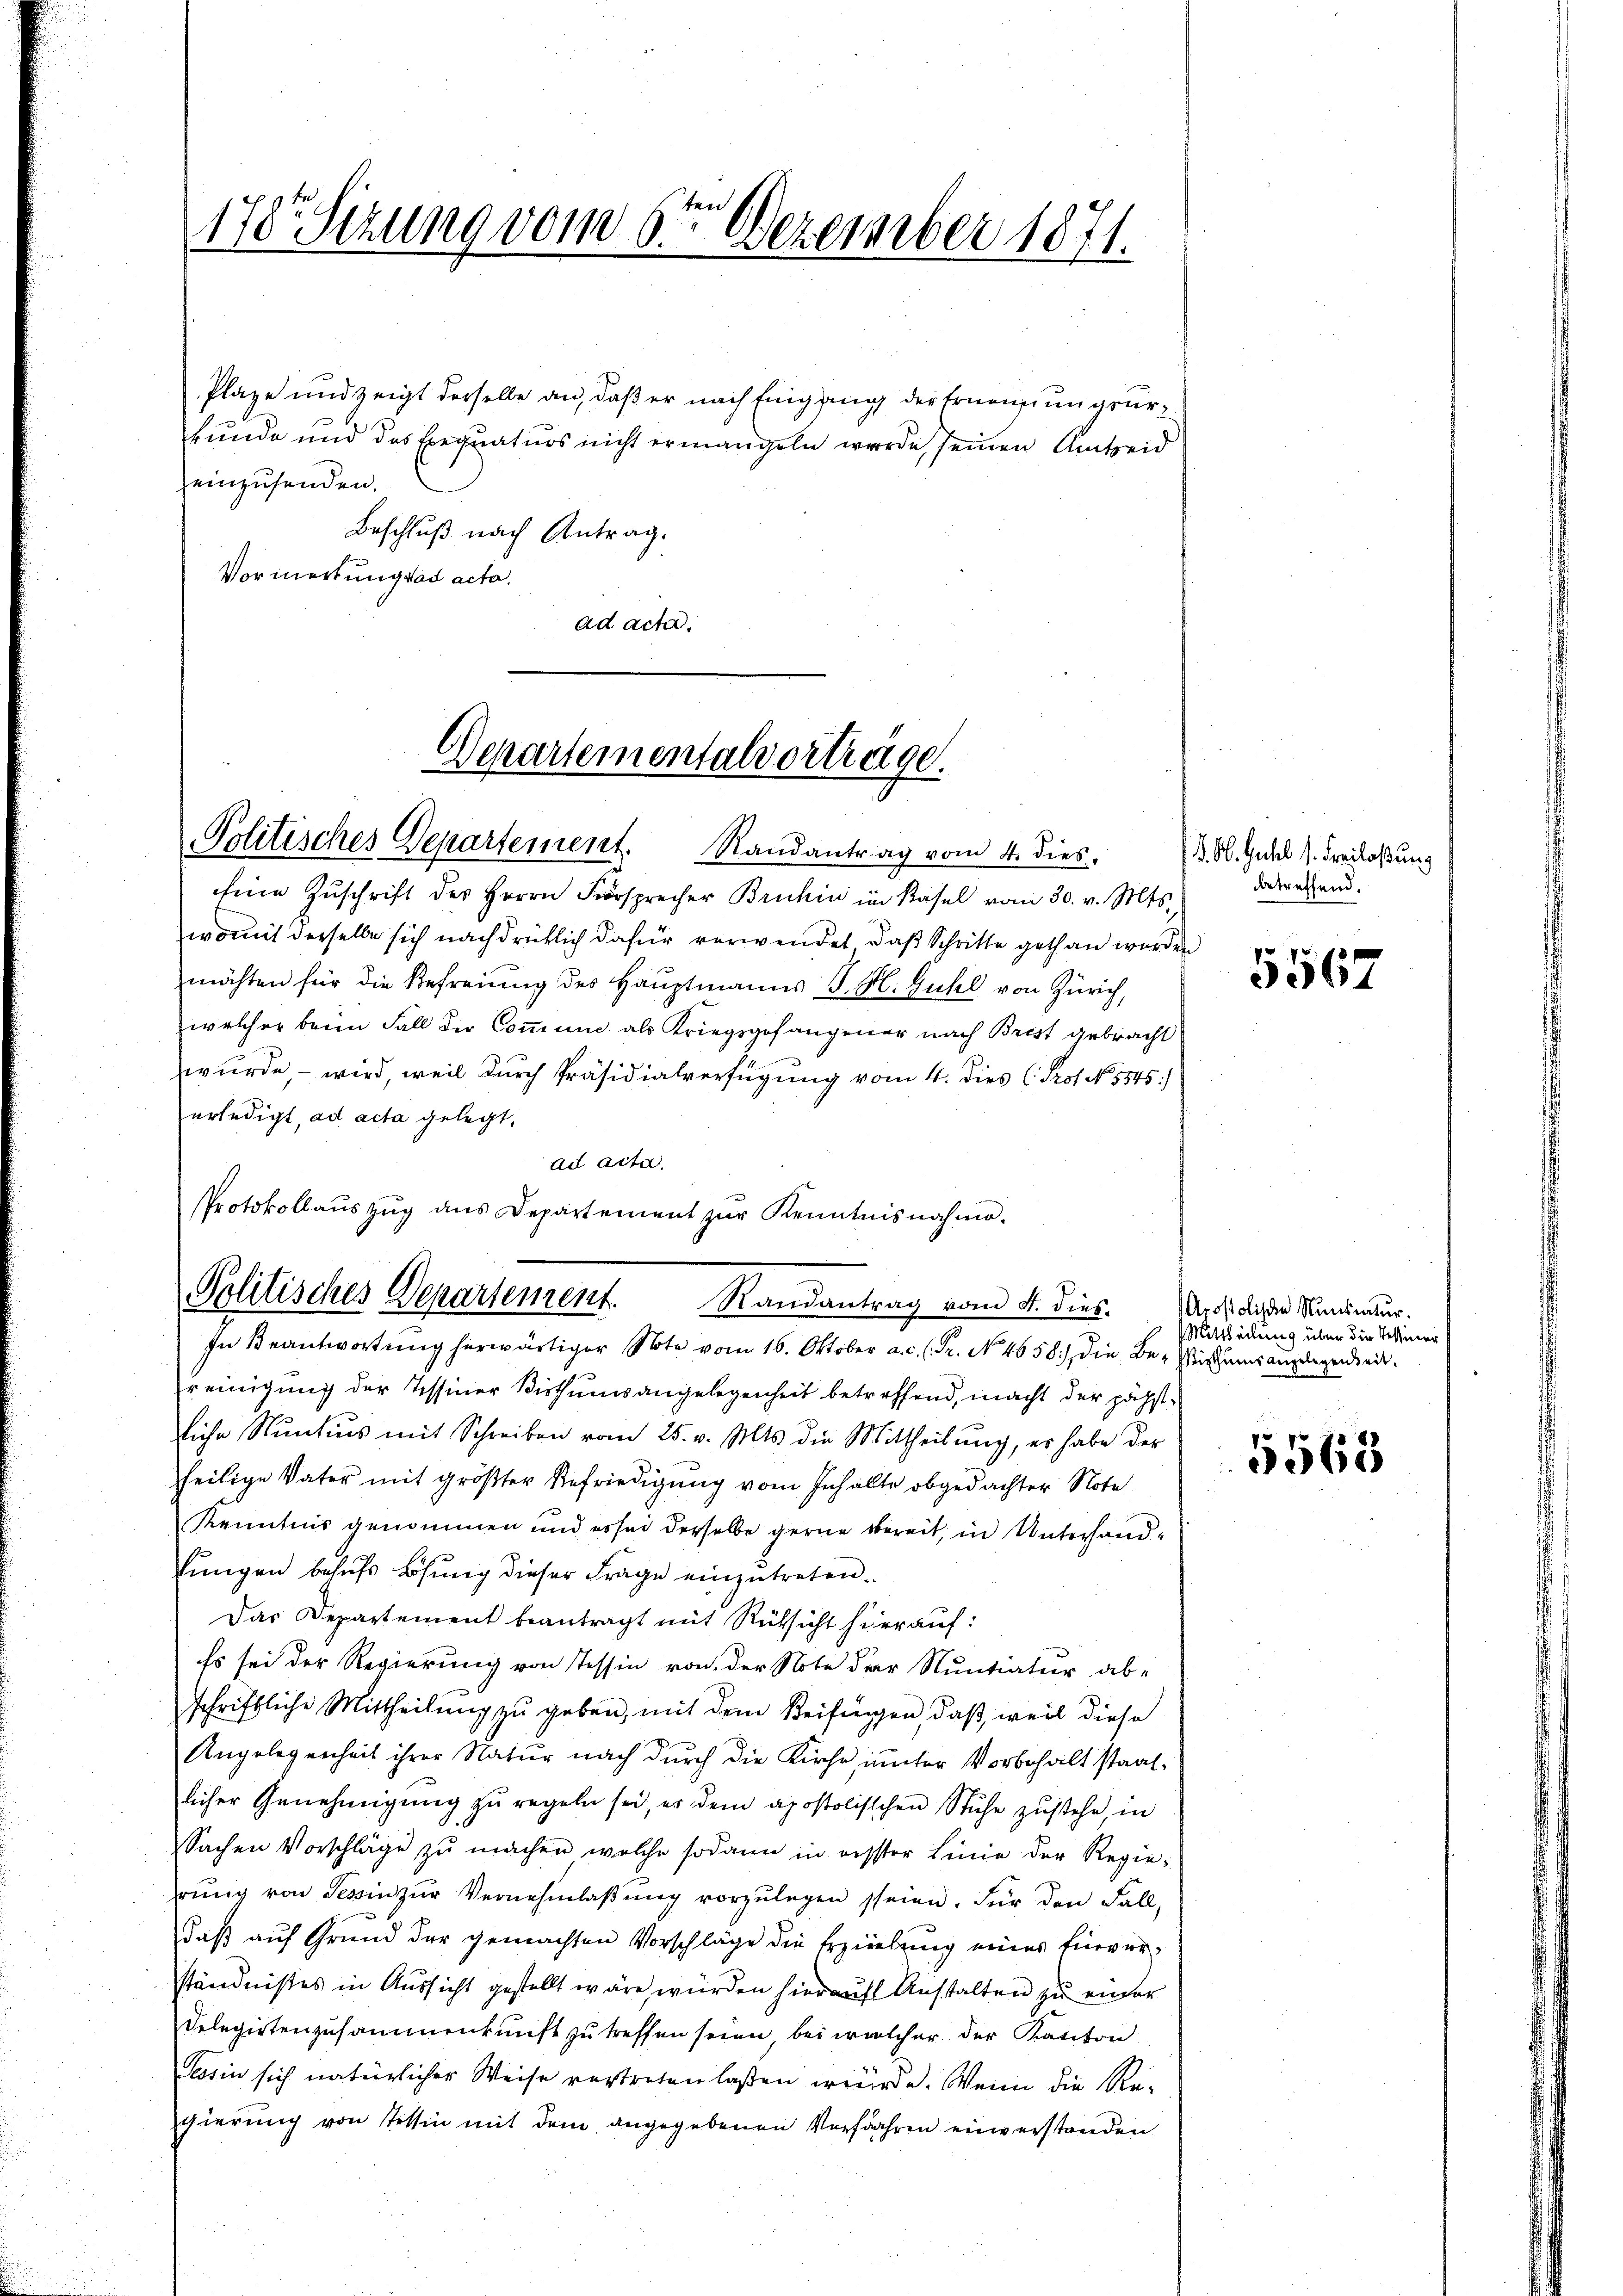
170. Sizung vom 6te͇n Dezember 1871.

Plaze und zeigt derselbe an, daß er nach Eingang der Ernennungsurkunde und das Erequatuos nicht erwangeln wurde seinen Amtseid
einzusenden.
Beschluß nach Antrag.
Vormerkung das acta.
ad acta.

Departementalvortrage.
Politisches Departement. Randantrag vom 4. dies.

Eine Zŭschrift des Herrn Fürsprecher Bruhin im Kasel vom 30. v. Mts.
womit derselbe sich nachdrücklich dafür verwendet, daß Schritte gethan worden
möchten für die Befreiung des Hauptmanns J. H. Guhl von Zürich,
welcher beim Fall der Commune als Kriegsgefangener nach Brist gebracht
wurde, – wird, weil durch Präsidialverfügung vom 4. dies (Pot No. 5545/
erledigt, ad acta gelegt.
ad acta.
Protokollaŭszŭg ans Departement zŭr Kenntnisnahme.

Politisches Departement. Randantrag vom 4. dies
In Beantwortung herwärtiger Note vom 16. Oktober a. c. l. Fr. No. 4658), die Be-Wirthums angelegenheit.

reinigung der Tessiner Bisthums angelegenheit betreffend, macht der pähstliche Nuntius mit Schreiben vom 25. v. Mts. die Mittheilung, er habe der
heilige Vater mit größter Befriedigung vom Inhalte obgedachter Note
Kenntnis genommen und es sei derselbe gerne bereit, in Unterhandlungen behufs Lösung dieser Frage einzutreten.
Das Departement beantragt mit Rücksicht hierauf:
Es sei der Regierung von Tessin von der Note der Nuntiatur ab-
schriftliche Mittheilung zu geben, mit dem Reifungen, daß, weil diese
Angelegenheit ihrer Natur nach durch die Kirche, unter Vorbehalt staatlicher Genehmigŭng zŭ regeln sei, er dem apostolischen Stŭhe zustehe, in
Sachen Vorschläge zŭ machen welche sodann in desster Linie der Regierŭng von Tessin zŭr Vernehmlaβŭng vorzŭlegen seien. Für den Fall,
daß auf Grund der gemachten Vorschläge die Erzielung eines Einver-
ständnisses in Aussicht gestellt wäre, würden hierauf Anstalten zu einer
Delegirtenzusammenkunft zu treffen seien, bei welcher der Kanton
Tessin sich natürlicher Weise vertreten laßen würde. Wenn die Re-
gierung von Tessin mit dem angegebenen Verfahren einverstanden

§. Ob. Guhl 1. Freilaßung
betreffend.

5567

Arostolische Nunziatur.
Mittheilung über die Tessiner

5568